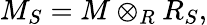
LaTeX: M_{S}=M\otimes_{R}R_{S},